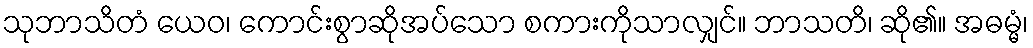
သုဘာသိတံ ယေဝ၊ ကောင်းစွာဆိုအပ်သော စကားကိုသာလျှင်။ ဘာသတိ၊ ဆို၏။ အဓမ္မံ၊